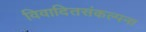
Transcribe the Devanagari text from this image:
विवादितसंकल्पना